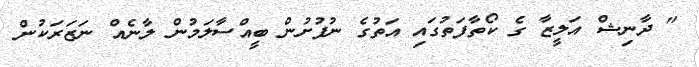
" ދާނިޝް އަލީޒާ ގެ ކޯތާފަތުގައި އަތުގެ ނުފުށުން ބީއްސާލަމުން ލާނެއް ނަޒަރަކުން